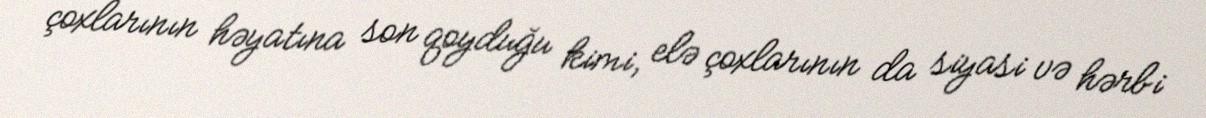
çoxlarının həyatına son qoyduğu kimi, elə çoxlarının da siyasi və hərbi